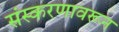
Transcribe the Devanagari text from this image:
संस्करणावरून